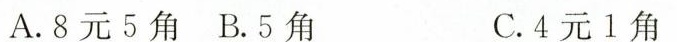
A.8元5角 B.5角 C.4元1角